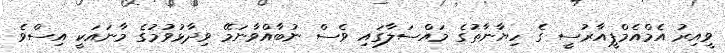
ވީއިރު އެމްއެމްޕީއާރުސީ ގެ ހިޔާނާތުގެ މައްސަލާގައި ވެސް ނުބާއްވާނަމޭ ވިދާޅުވުމުގެ މާނައަކީ އިސްވެ